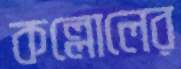
কল্লোলের